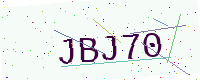
Text: JBJ70